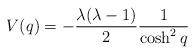
LaTeX: \begin{align*} V(q) = -\frac{\lambda (\lambda-1)}{2} \frac {1}{\cosh^2 q}\end{align*}